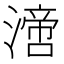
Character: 𣾪